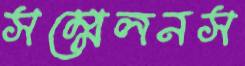
সম্মেলনস